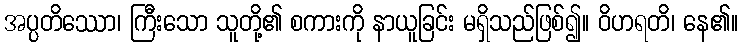
အပ္ပတိဿော၊ ကြီးသော သူတို့၏ စကားကို နာယူခြင်း မရှိသည်ဖြစ်၍။ ဝိဟရတိ၊ နေ၏။